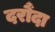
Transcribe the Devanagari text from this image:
दरौंदा